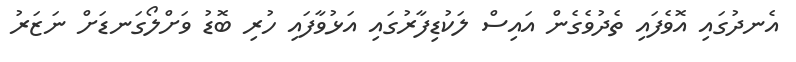
އެނދުގައި އޮވެފައި ތެދުވެގެން އައިސް ލަކުޑިފާރުގައި އަޅުވާފައި ހުރި ބޮޑު ވަށްލޯގަނޑަށް ނަޒަރު